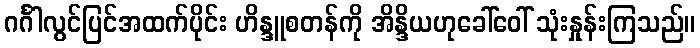
ဂင်္ဂါလွင်ပြင်အထက်ပိုင်း ဟိန္ဒူစတန်ကို အိန္ဒိယဟုခေါ်ဝေါ် သုံးနှုန်းကြသည်။